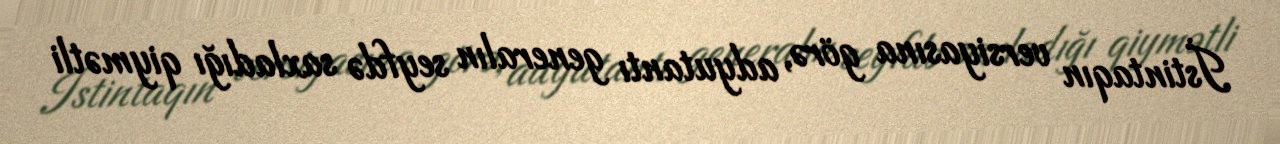
İstintaqın versiyasına görə, adyutantı generalın seyfdə saxladığı qiymətli